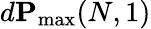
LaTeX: d\mathbf{P}_{\operatorname*{max}}(N,1)